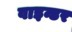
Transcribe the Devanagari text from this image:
वाइन्डर